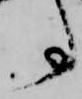
事